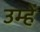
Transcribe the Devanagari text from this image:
उम्हें